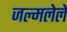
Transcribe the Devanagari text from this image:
जल्मलेले